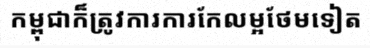
កម្ពុជាក៏ត្រូវការការកែលម្អថែមទៀត